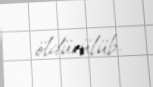
öldürülüb.